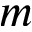
m